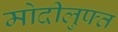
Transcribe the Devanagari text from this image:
मोदीलुफ्त